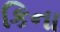
કિના